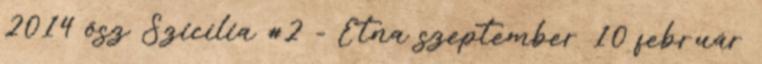
2014 ősz Szicília #2 - Etna szeptember 10 február